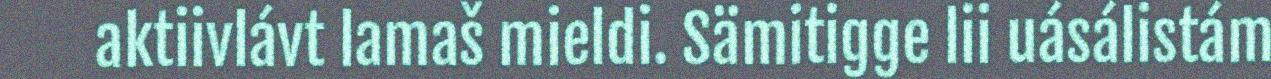
aktiivlávt lamaš mieldi. Sämitigge lii uásálistám